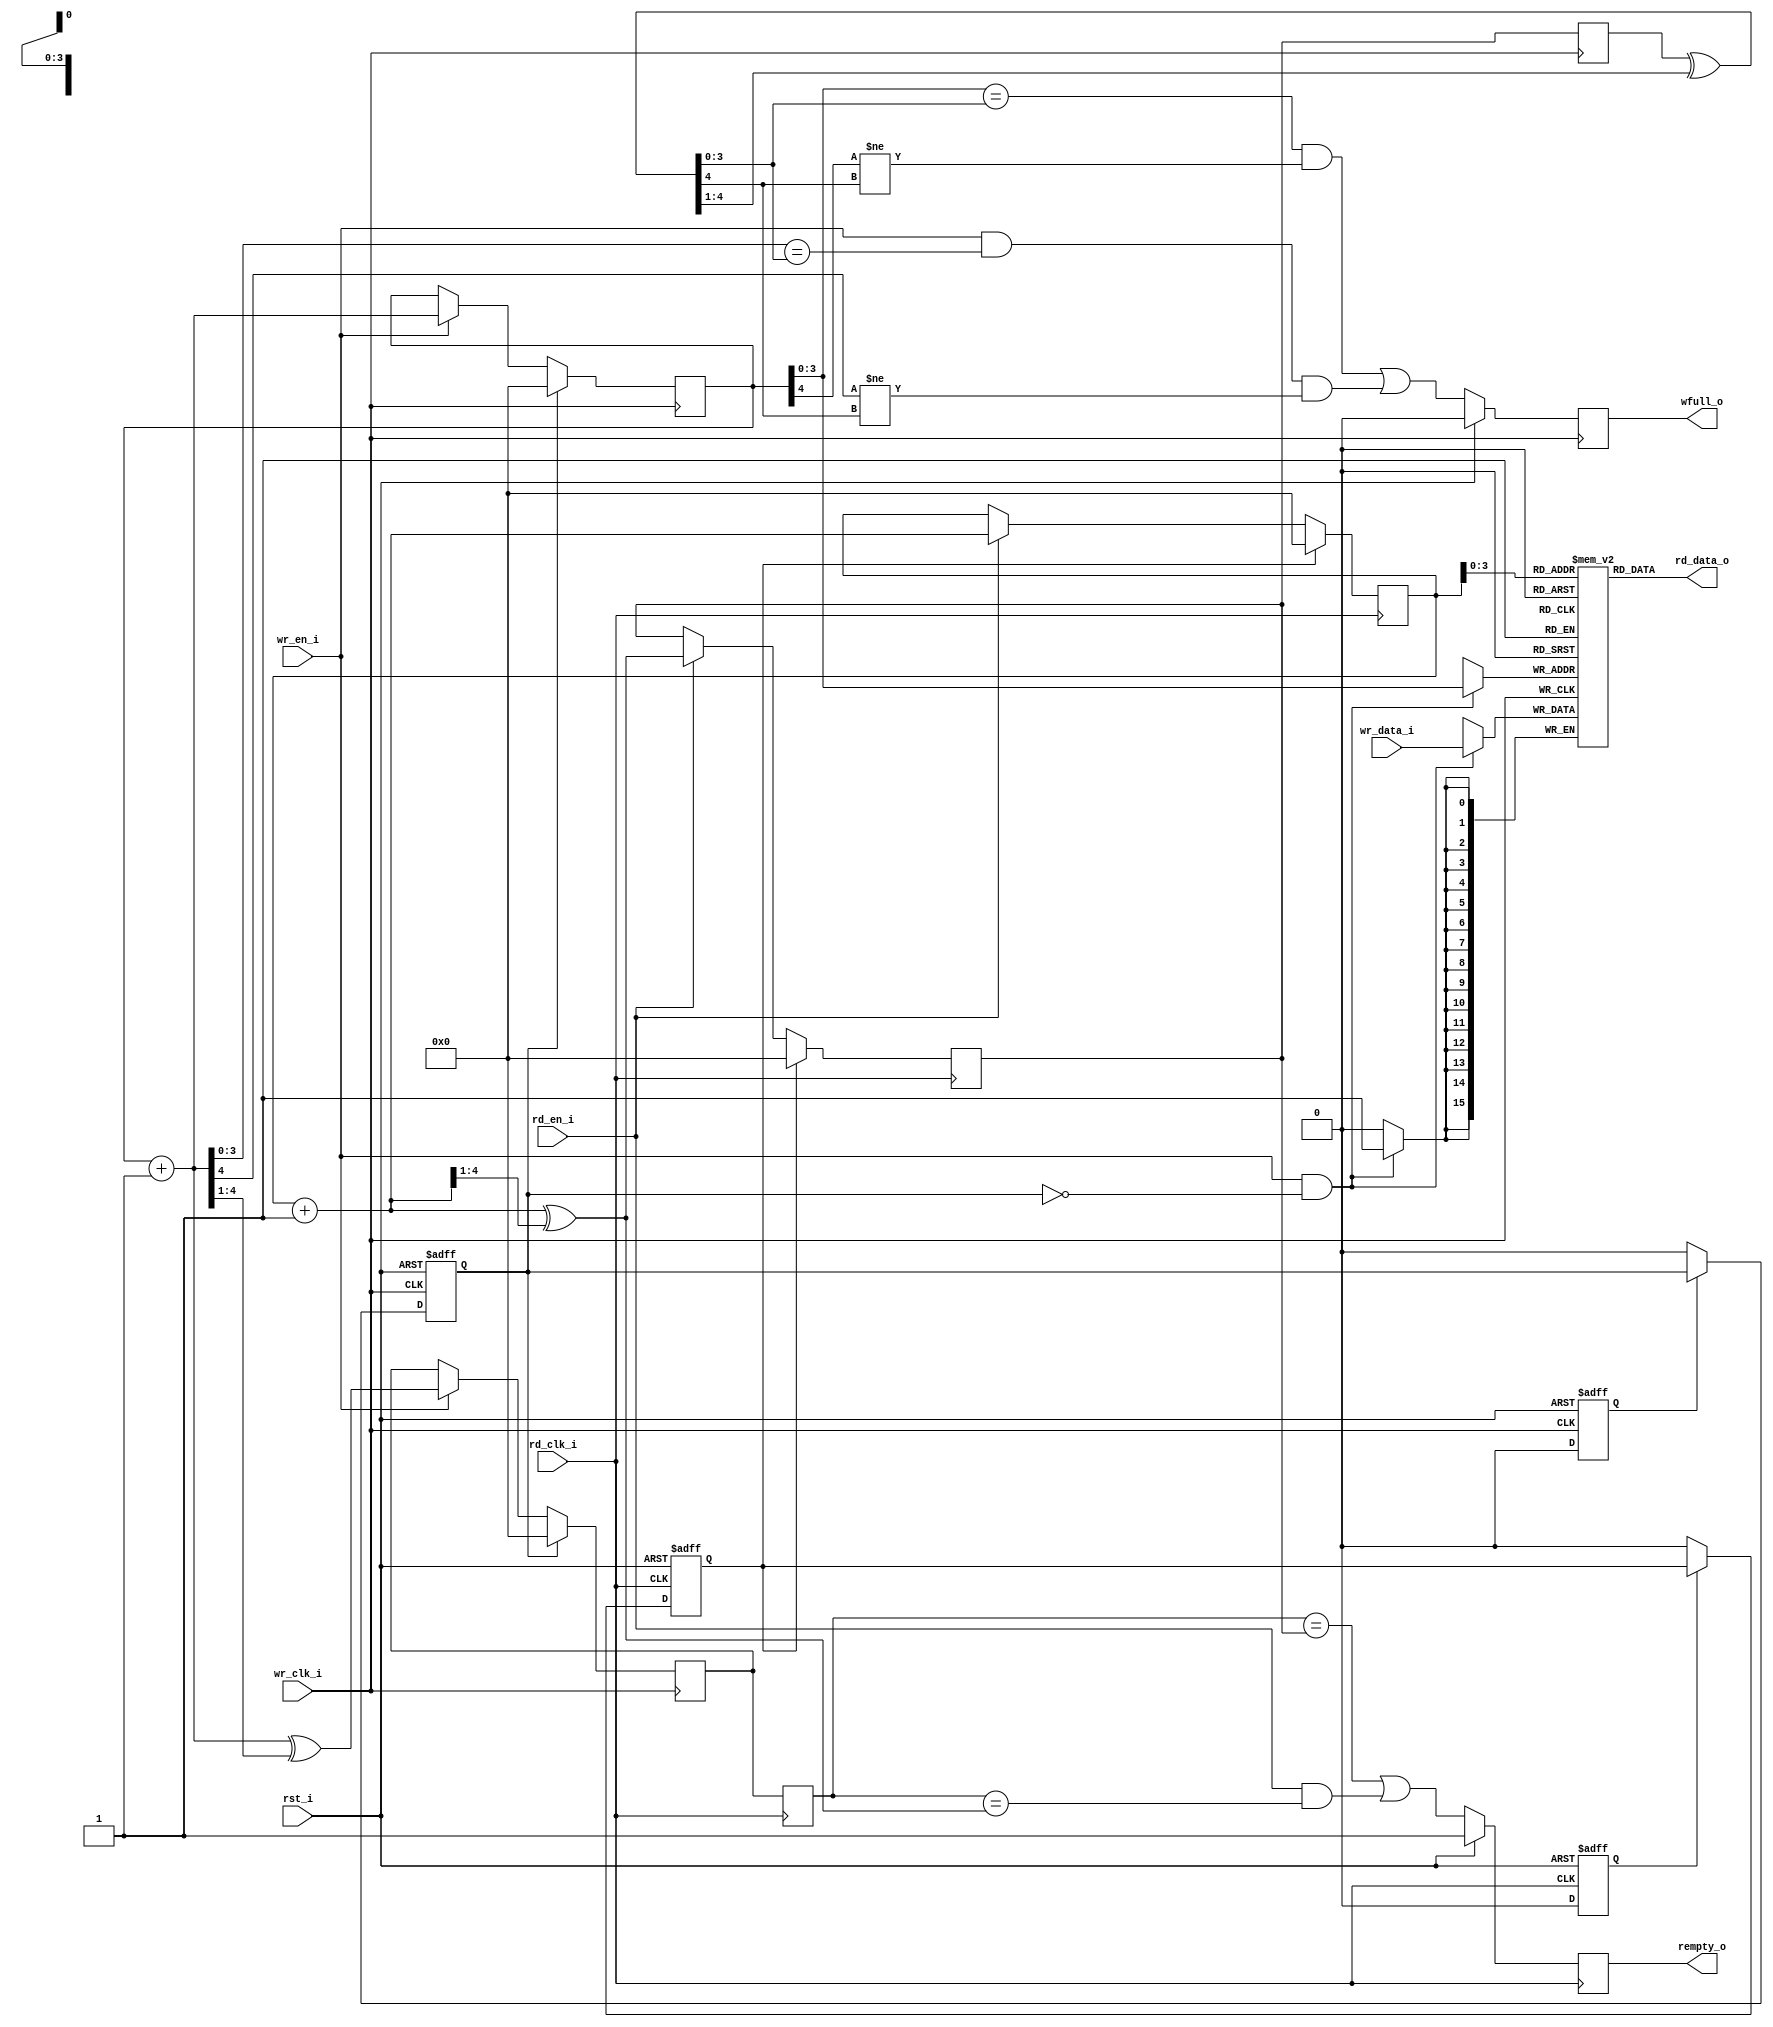
/////////////////////////////////////////////////////////////////////
////                                                             ////
////  Universal FIFO Dual Clock, gray encoded                    ////
////                                                             ////
////                                                             ////
////          rudi@asics.ws                                      ////
////                                                             ////
////                                                             ////
////  D/L from: http://www.opencores.org/cores/generic_fifos/    ////
////                                                             ////
/////////////////////////////////////////////////////////////////////
////                                                             ////
//// Copyright (C) 2000-2002 Rudolf Usselmann                    ////
////                         www.asics.ws                        ////
////                         rudi@asics.ws                       ////
////                                                             ////
//// This source file may be used and distributed without        ////
//// restriction provided that this copyright statement is not   ////
//// removed from the file and that any derivative work contains ////
//// the original copyright notice and the associated disclaimer.////
////                                                             ////
////     THIS SOFTWARE IS PROVIDED ``AS IS'' AND WITHOUT ANY     ////
//// EXPRESS OR IMPLIED WARRANTIES, INCLUDING, BUT NOT LIMITED   ////
//// TO, THE IMPLIED WARRANTIES OF MERCHANTABILITY AND FITNESS   ////
//// FOR A PARTICULAR PURPOSE. IN NO EVENT SHALL THE AUTHOR      ////
//// OR CONTRIBUTORS BE LIABLE FOR ANY DIRECT, INDIRECT,         ////
//// INCIDENTAL, SPECIAL, EXEMPLARY, OR CONSEQUENTIAL DAMAGES    ////
//// (INCLUDING, BUT NOT LIMITED TO, PROCUREMENT OF SUBSTITUTE   ////
//// GOODS OR SERVICES; LOSS OF USE, DATA, OR PROFITS; OR        ////
//// BUSINESS INTERRUPTION) HOWEVER CAUSED AND ON ANY THEORY OF  ////
//// LIABILITY, WHETHER IN  CONTRACT, STRICT LIABILITY, OR TORT  ////
//// (INCLUDING NEGLIGENCE OR OTHERWISE) ARISING IN ANY WAY OUT  ////
//// OF THE USE OF THIS SOFTWARE, EVEN IF ADVISED OF THE         ////
//// POSSIBILITY OF SUCH DAMAGE.                                 ////
////                                                             ////
/////////////////////////////////////////////////////////////////////



//  CVS Log
//
//  $Id: fifo_dc_gray.v,v 1.2 2007-05-01 06:26:08 patrick Exp $
//
//  $Date: 2007-05-01 06:26:08 $
//  $Revision: 1.2 $
//  $Author: patrick $
//  $Locker:  $
//  $State: Exp $
//
// Change History:
//               $Log: fifo_dc_gray.v,v $
//               Revision 1.2  2007-05-01 06:26:08  patrick
//               *** empty log message ***
//
//               Revision 1.1  2007-04-30 10:31:35  patrick
//               *** empty log message ***
//
//               Revision 1.2  2004/01/13 09:11:55  rudi
//               Added 'reset' and 'clear' inputs synchronization to both clocks.
//
//               Revision 1.1  2003/10/14 09:34:41  rudi
//               Dual clock FIFO Gray Code encoded version.
//
//
//
//
//


`timescale 1ns / 100ps

/*

Description
===========

I/Os
----
rd_clk	Read Port Clock
wr_clk	Write Port Clock
rst	low active, either sync. or async. master reset (see below how to select)
clr	synchronous clear (just like reset but always synchronous), high active
re	read enable, synchronous, high active
we	read enable, synchronous, high active
din	Data Input
dout	Data Output

full	Indicates the FIFO is full (driven at the rising edge of wr_clk)
empty	Indicates the FIFO is empty (driven at the rising edge of rd_clk)

wr_level	indicates the FIFO level:
		2'b00	0-25%	 full
		2'b01	25-50%	 full
		2'b10	50-75%	 full
		2'b11	%75-100% full

rd_level	indicates the FIFO level:
		2'b00	0-25%	 empty
		2'b01	25-50%	 empty
		2'b10	50-75%	 empty
		2'b11	%75-100% empty

Status Timing
-------------
All status outputs are registered. They are asserted immediately
as the full/empty condition occurs, however, there is a 2 cycle
delay before they are de-asserted once the condition is not true
anymore.

Parameters
----------
The FIFO takes 2 parameters:
 + WIDTH -- Data bus width; and
 + ABITS -- Address bus width (which determines the FIFO size by evaluating
            2^ABITS).

Synthesis Results
-----------------
In a Spartan 2e a 8 bit wide, 8 entries deep FIFO, takes 97 LUTs and runs
at about 113 MHz (IO insertion disabled). 

Misc
----
This design assumes you will do appropriate status checking externally.

IMPORTANT ! writing while the FIFO is full or reading while the FIFO is
empty will place the FIFO in an undefined state.

*/

module afifo_gray
  #( parameter WIDTH = 16,
     parameter MSB   = WIDTH-1,
     parameter ABITS = 4,
     parameter ASB   = ABITS-1,
     parameter ASIZE = 1 << ABITS,
     parameter DELAY = 3)
   ( // System clocks and resets:
		 input          rd_clk_i,
		 input          wr_clk_i,
		 input          rst_i,

     // Data signals:
		 input          wr_en_i,
		 input [MSB:0]  wr_data_i,
		 input          rd_en_i,
		 output [MSB:0] rd_data_o,
   
     // FIFO status flags:
		 output reg     wfull_o  = 1'b0,
		 output reg     rempty_o = 1'b1
	   );


   //-------------------------------------------------------------------------
   //  Local Wires
   //-------------------------------------------------------------------------
   wire [ABITS:0]   wp_bin_next, wp_gray_next;
   wire [ABITS:0]   rp_bin_next, rp_gray_next;

   reg [ABITS:0]    wp_bin = 0, wp_gray = 0;
   reg [ABITS:0]    rp_bin = 0, rp_gray = 0;

   (* ASYNC_REG = "TRUE" *)
   reg [ABITS:0]    wp_s = 0;
   (* ASYNC_REG = "TRUE" *)
   reg [ABITS:0]    rp_s = 0;

   wire [ABITS:0]   wp_bin_x, rp_bin_x;

   reg              rd_rst   = 1'b1, wr_rst   = 1'b1;
   reg              rd_rst_r = 1'b1, wr_rst_r = 1'b1;


   //-------------------------------------------------------------------------
   //  Reset Logic
   //-------------------------------------------------------------------------
   always @(posedge rd_clk_i or posedge rst_i)
	   if (rst_i)          rd_rst   <= #DELAY 1'b1;
	   else if (!rd_rst_r) rd_rst   <= #DELAY 1'b0; // Release Reset

   always @(posedge rd_clk_i or posedge rst_i)
	   if (rst_i)          rd_rst_r <= #DELAY 1'b1;
	   else                rd_rst_r <= #DELAY 1'b0;

   always @(posedge wr_clk_i or posedge rst_i)
	   if (rst_i)	         wr_rst   <= #DELAY 1'b1;
	   else if (!wr_rst_r) wr_rst   <= #DELAY 1'b0; // Release Reset

   always @(posedge wr_clk_i or posedge rst_i)
	   if (rst_i)	         wr_rst_r <= #DELAY 1'b1;
	   else  		           wr_rst_r <= #DELAY 1'b0;


   //-------------------------------------------------------------------------
   //  Memory Block
   //-------------------------------------------------------------------------
	 reg [MSB:0]     sram [0:ASIZE-1];
	 
	 assign	rd_data_o	= sram [rp_bin[ASB:0]];
	 
	 always @(posedge wr_clk_i) begin
		  if (wr_en_i && !wr_rst)
			  sram [wp_bin [ASB:0]] <= #DELAY wr_data_i;
	 end

	 
   //-------------------------------------------------------------------------
   //  Read/Write Pointers Logic
   //-------------------------------------------------------------------------
   assign wp_bin_next  = wp_bin + {{ABITS{1'b0}},1'b1};
   assign wp_gray_next = wp_bin_next ^ {1'b0, wp_bin_next[ABITS:1]};

   assign rp_bin_next  = rp_bin + {{ABITS{1'b0}},1'b1};
   assign rp_gray_next = rp_bin_next ^ {1'b0, rp_bin_next[ABITS:1]};

   always @(posedge wr_clk_i)
	   if (wr_rst)	     wp_bin  <= #DELAY {ABITS+1{1'b0}};
	   else if (wr_en_i) wp_bin  <= #DELAY wp_bin_next;

   always @(posedge wr_clk_i)
	   if (wr_rst)	     wp_gray <= #DELAY {ABITS+1{1'b0}};
	   else if (wr_en_i) wp_gray <= #DELAY wp_gray_next;

   always @(posedge rd_clk_i)
	   if (rd_rst)       rp_bin  <= #DELAY {ABITS+1{1'b0}};
	   else if (rd_en_i) rp_bin  <= #DELAY rp_bin_next;

   always @(posedge rd_clk_i)
	   if (rd_rst)       rp_gray <= #DELAY {ABITS+1{1'b0}};
	   else if (rd_en_i) rp_gray <= #DELAY rp_gray_next;


   //-------------------------------------------------------------------------
   //  Synchronization Logic
   //-------------------------------------------------------------------------
   always @(posedge rd_clk_i)
     wp_s <= #DELAY wp_gray;  // write pointer

   always @(posedge wr_clk_i)
     rp_s <= #DELAY rp_gray;  // read pointer


   //-------------------------------------------------------------------------
   //  Registered Wfull_o & Rempty_o Flags
   //-------------------------------------------------------------------------
   assign wp_bin_x = wp_s ^ {1'b0, wp_bin_x[ABITS:1]};	// convert gray to binary
   assign rp_bin_x = rp_s ^ {1'b0, rp_bin_x[ABITS:1]};	// convert gray to binary

   always @(posedge rd_clk_i)
     if (rst_i)
       rempty_o <= #DELAY 1'b1;
     else
       rempty_o <= #DELAY wp_s == rp_gray || rd_en_i && wp_s == rp_gray_next;

   always @(posedge wr_clk_i)
     if (rst_i)
       wfull_o <= #DELAY 1'b0;
     else
       wfull_o <= #DELAY ((wp_bin[ASB:0] == rp_bin_x[ASB:0]) && (wp_bin[ABITS] != rp_bin_x[ABITS])) ||
                  (wr_en_i && (wp_bin_next[ASB:0] == rp_bin_x[ASB:0]) && (wp_bin_next[ABITS] != rp_bin_x[ABITS]));


   //-------------------------------------------------------------------------
   //  Sanity Check
   //-------------------------------------------------------------------------
   always @(posedge wr_clk_i)
	   if (wr_en_i && wfull_o)
		   $display("%m WARNING: Writing while FIFO is FULL (%t)", $time);

   always @(posedge rd_clk_i)
	   if (rd_en_i && rempty_o)
		   $display("%m WARNING: Reading while FIFO is EMPTY (%t)", $time);


endmodule // afifo_gray